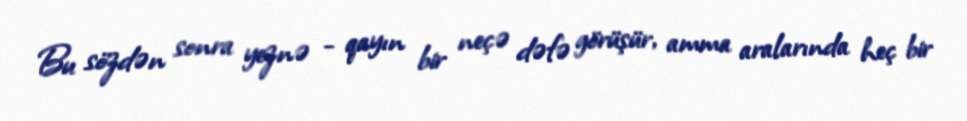
Bu sözdən sonra yeznə - qayın bir neçə dəfə görüşür, amma aralarında heç bir